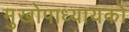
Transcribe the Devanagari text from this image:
मुखोपाध्यायको